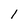
Character: 1